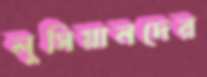
লুসিয়ানদের